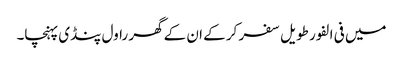
میں فی الفور طویل سفر کر کے ان کے گھر راول پنڈی پہنچا۔